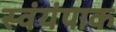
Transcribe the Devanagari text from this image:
स्वंयंपाक